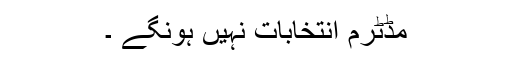
مڈٹرم انتخابات نہیں ہونگے ۔